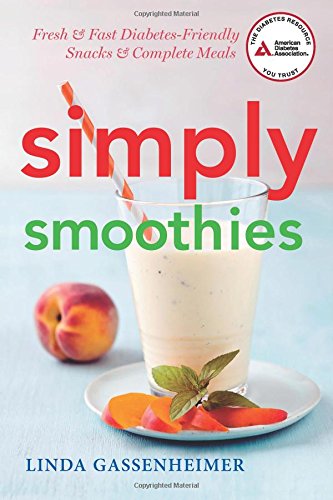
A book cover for Simply Smoothies: Fresh, Fast, and Diabetes Friendly; Linda Gassenheimer; Cookbooks, Food & Wine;